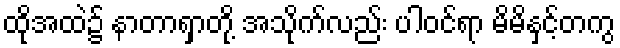
ထိုအထဲ၌ နာတာရှာတို့ အသိုက်လည်း ပါဝင်ရာ မိမိနှင့်တကွ